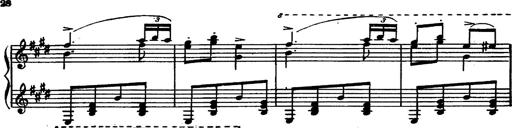
Title: Magyar rapszÃ³diÃ¡k
Composer: Franz Liszt